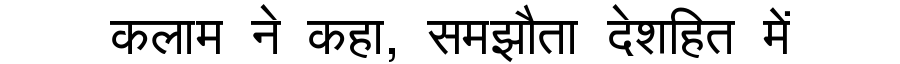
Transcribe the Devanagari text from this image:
कलाम ने कहा, समझौता देशहित में